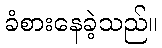
ခံစားနေခဲ့သည်။